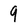
Character: 9